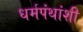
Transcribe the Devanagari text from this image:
धर्मपंथांशी